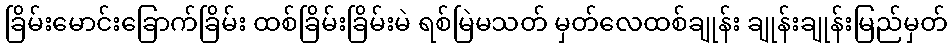
ခြိမ်းမောင်းခြောက်ခြိမ်း ထစ်ခြိမ်းခြိမ်းမဲ ရစ်မြဲမသတ် မှတ်လေထစ်ချုန်း ချုန်းချုန်းမြည်မှတ်